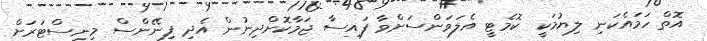
އޮތް ހަމައެކަނި ލިޔުމަކީ ކޮމެޓީ އެލަވަންސަށްވާ ފައިސާ ޖަމާކޮށްދިނުން އެދި ފިނޭންސް މިނިސްޓަރަށް